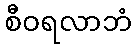
စီဝရလာဘံ